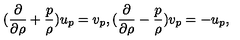
( { \frac { \partial } { \partial \rho } } + { \frac { p } { \rho } } ) u _ { p } = v _ { p } , ( { \frac { \partial } { \partial \rho } } - { \frac { p } { \rho } } ) v _ { p } = - u _ { p } ,